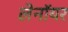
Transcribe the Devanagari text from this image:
लेनॉयर